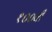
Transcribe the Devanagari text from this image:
१००वी